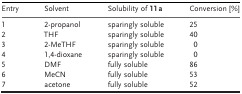
<table><thead><tr><td><b>Entry</b></td><td><b>Solvent</b></td><td><b>Solubility of 11 a</b></td><td><b>Conversion [%]</b></td></tr></thead><tbody><tr><td>1</td><td>2‐propanol</td><td>sparingly soluble</td><td>25</td></tr><tr><td>2</td><td>THF</td><td>sparingly soluble</td><td>40</td></tr><tr><td>3</td><td>2‐MeTHF</td><td>sparingly soluble</td><td>0</td></tr><tr><td>4</td><td>1,4‐dioxane</td><td>sparingly soluble</td><td>0</td></tr><tr><td>5</td><td>DMF</td><td>fully soluble</td><td>86</td></tr><tr><td>6</td><td>MeCN</td><td>fully soluble</td><td>53</td></tr><tr><td>7</td><td>acetone</td><td>fully soluble</td><td>52</td></tr></tbody></table>